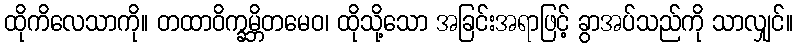
ထိုကိလေသာကို။ တထာဝိက္ခမ္ဘိတမေဝ၊ ထိုသို့သော အခြင်းအရာဖြင့် ခွာအပ်သည်ကို သာလျှင်။